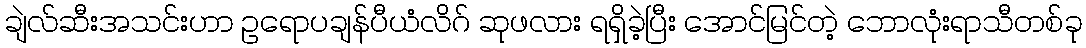
ချဲလ်ဆီးအသင်းဟာ ဥရောပချန်ပီယံလိဂ် ဆုဖလား ရရှိခဲ့ပြီး အောင်မြင်တဲ့ ဘောလုံးရာသီတစ်ခု